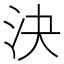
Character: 決